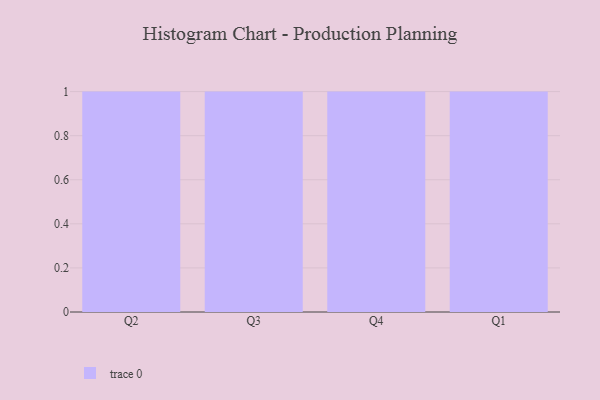
{"axis": {"x": "Quarter", "y": "Production Output"}, "legend": [""], "data": [{"x": "Q2", "y": 29, "type": ""}, {"x": "Q3", "y": 27, "type": ""}, {"x": "Q4", "y": 71, "type": ""}, {"x": "Q1", "y": 69, "type": ""}]}